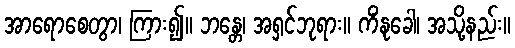
အာရောစေတွာ၊ ကြား၍။ ဘန္တေ၊ အရှင်ဘုရား။ ကိံနုခေါ၊ အသို့နည်း။